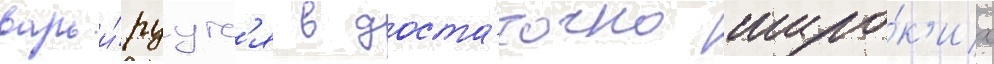
варьи́руутс'я в доста́точно широ́к'их